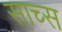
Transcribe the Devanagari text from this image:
साच्स